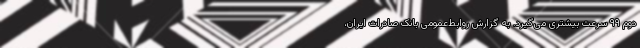
دوم ۹۹ سرعت بیشتری می‌گیرد. به گزارش روابط‌عمومی بانک صادرات ایران،